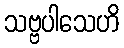
သဗ္ဗပါသေဟိ